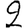
Digit: 2